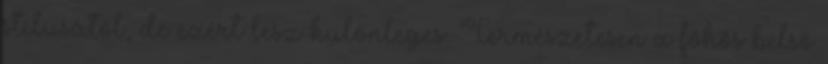
stílusától, de ezért lesz különleges. Természetesen a főhős belső